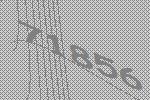
71856